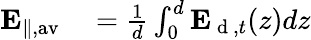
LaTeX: \begin{array}{rl}{\mathbf{E}_{\| ,\mathrm{av}}}&{{}=\frac{1}{d}\int_{0}^{d}\mathbf{E}_{\mathrm{~d~},t}(z)dz}\end{array}